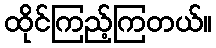
ထိုင်ကြည့်ကြတယ်။